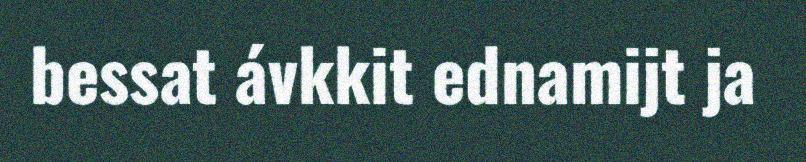
bessat ávkkit ednamijt ja